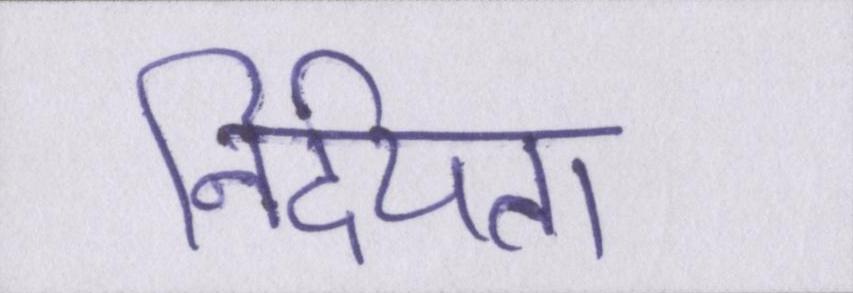
निर्दयता